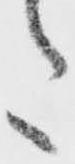
た